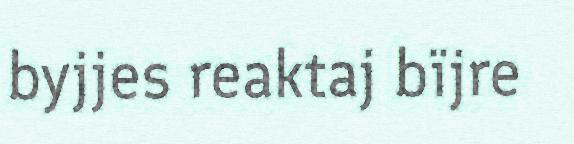
byjjes reaktaj bïjre